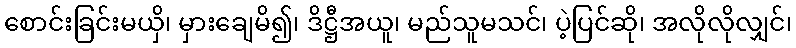
စောင်းခြင်းမယှိ၊ မှားချေမိ၍၊ ဒိဋ္ဌီအယူ၊ မည်သူမသင်၊ ပဲ့ပြင်ဆို၊ အလိုလိုလျှင်၊